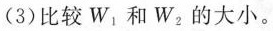
(3)比较W_{1}和W_{2}的大小。